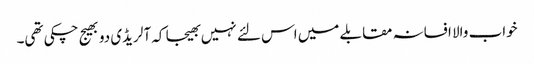
خواب والا افسانہ مقابلے میں اس لئے نہیں بھیجا کہ آلریڈی دو بھیج چکی تھی۔